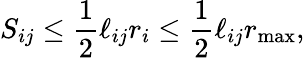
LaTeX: S_{ij}\leq\frac 12\ell_{ij}r_{i}\leq\frac 12\ell_{ij}r_{\mathrm{max}},